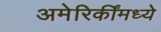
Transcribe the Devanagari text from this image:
अमेरिकींमध्ये